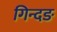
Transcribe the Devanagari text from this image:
गिन्दङ